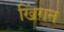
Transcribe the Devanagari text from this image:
खिंगन